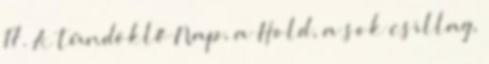
17. A tündöklő Nap, a Hold, a sok csillag,